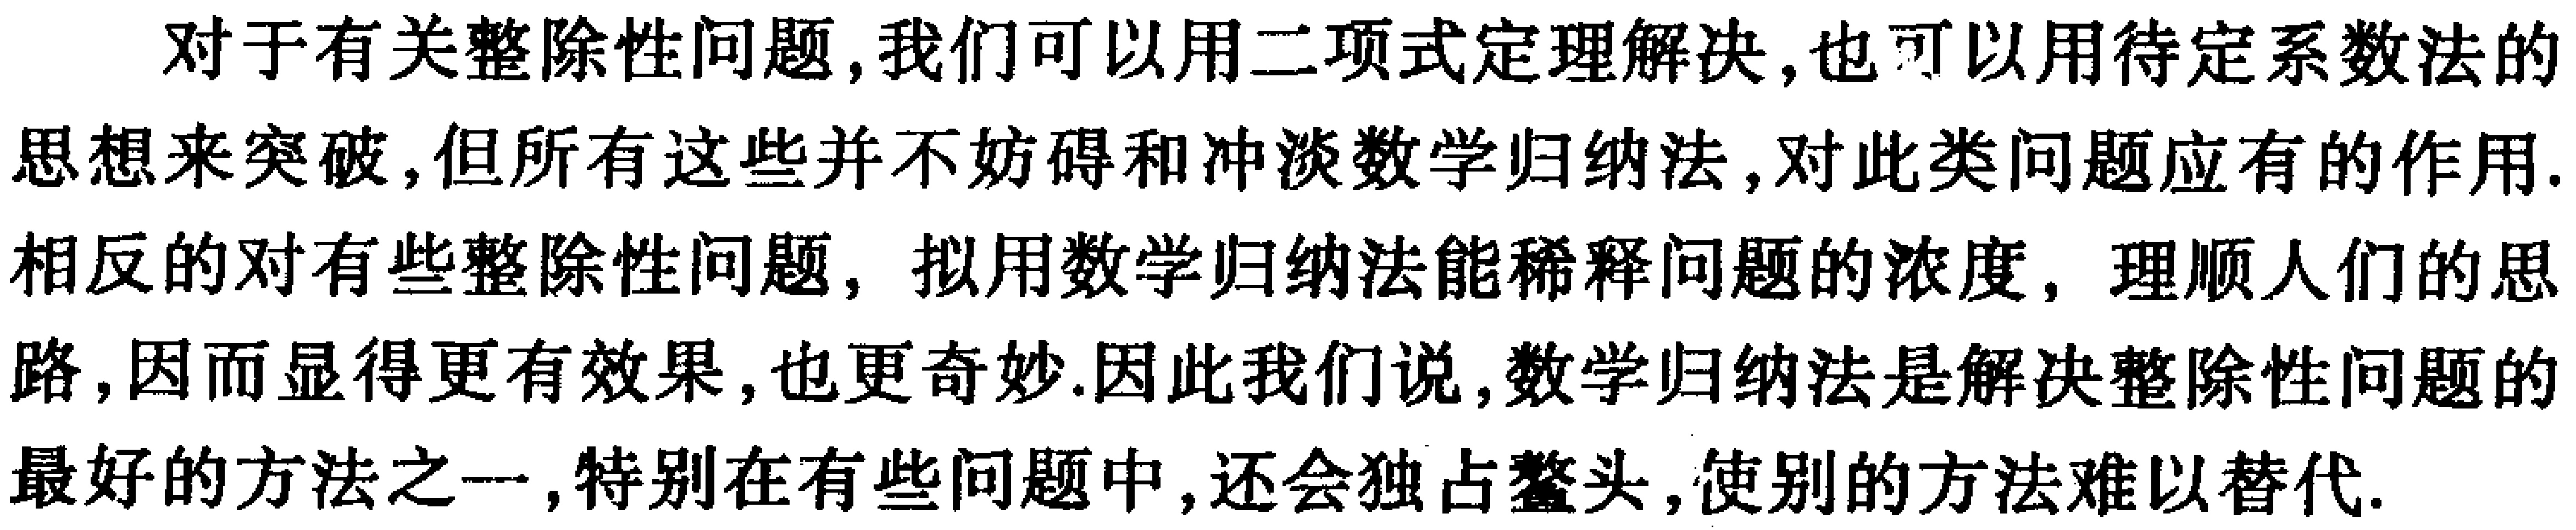
对于有关整除性问题，我们可以用二项式定理解决，也可以用待定系数法的思想来突破，但所有这些并不妨碍和冲淡数学归纳法，对此类问题应有的作用. 相反的对有些整除性问题，拟用数学归纳法能稀释问题的浓度，理顺人们的思路，因而显得更有效果，也更奇妙.因此我们说，数学归纳法是解决整除性问题的最好的方法之一，特别在有些问题中，还会独占鳌头，使别的方法难以替代.